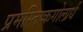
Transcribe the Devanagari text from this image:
प्रमस्तिष्कगोलार्ध